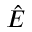
{ \hat { E } } \,